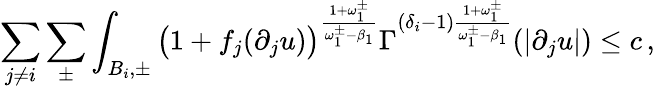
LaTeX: \sum_{j\not=i}\sum_{\pm}\int_{B_{i},\pm}\big(1+f_{j}(\partial_{j}u)\big)^{\frac{1+\omega_{1}^{\pm}}{\omega_{1}^{\pm}-\beta_{1}}}\Gamma^{(\delta_{i}-1)\frac{1+\omega_{1}^{\pm}}{\omega_{1}^{\pm}-\beta_{1}}}(|\partial_{j}u|)\leq c\, ,